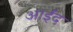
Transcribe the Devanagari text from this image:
आईंद